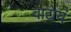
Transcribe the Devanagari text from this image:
वाद्येयं